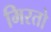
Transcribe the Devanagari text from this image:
मिरतो